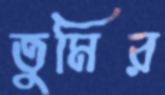
তুমির